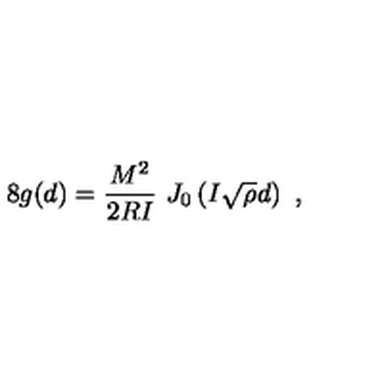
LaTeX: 8 g ( d ) = { \frac { M ^ { 2 } } { 2 R I } } \ J _ { 0 } \left( I \sqrt { \rho } d \right) \ ,